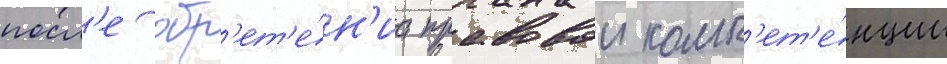
посл'е обр'ет'е́н'иа правовои комп'ет'е́нции